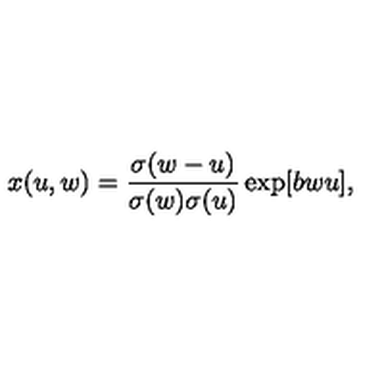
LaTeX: x ( u , w ) = { \frac { \sigma ( w - u ) } { \sigma ( w ) \sigma ( u ) } } \exp [ b w u ] ,